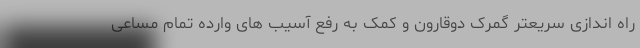
راه اندازی سریعتر گمرک دوقارون و کمک به رفع آسیب های وارده تمام مساعی